Leaving Certificate Examination, 1920
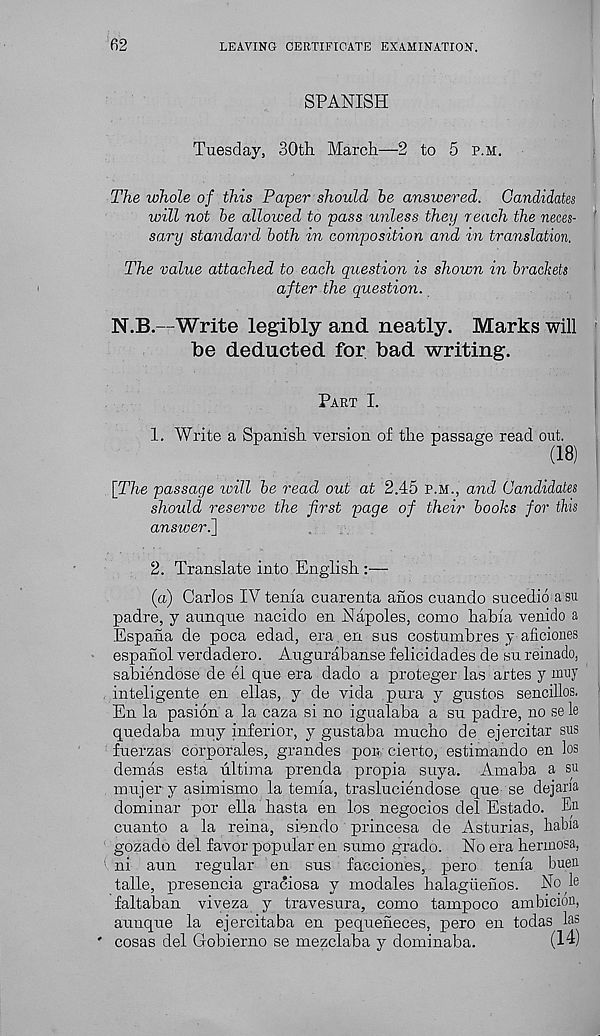
62
LEAVING CERTIFICATE EXAMINATION.
SPANISH
Tuesday, 30th March—2 to 5 p.m.
The whole of this Paper should he answered. Candidates
will not he allowed to pass unless they reach the neces-
sary standard hath in composition and in translation.
The value attached to each question is shown in brackets
after the question.
N.B.—Write legibly and neatly. Marks will
be deducted for bad writing.
Part I.
1. Write a Spanish version of the passage read out.
[The passage will he read out at 2.45 p.m., and Candidates
should reserve the first page of their hooks for this
answer.]
2. Translate into English :—
(a) Carlos IV tenia cuarenta anos cuando sucedio a su
padre, y aunque nacido en Napoles, como habia venido a
Espana de poca edad, era en sus costumbres y aficiones
espahol verdadero. Augurabanse felicidades de su reinado,
sabiendose de el que era dado a proteger las artes y muy
inteligente en ellas, y de vida pura y gustos sencillos.
En la pasion a la caza si no igualaba a su padre, no se le
quedaba muy inferior, y gustaba mucho de ejercitar sus
fuerzas corporales, grandes pon cierto, estimando en los
demas esta ultima prenda propia suya. Amaba a su
mujer y asimismo la temia, trasluciendose que se dejam
dominar por ella hasta en los negocios del Estado. En
cuanto a la reina, siendo princesa de Asturias, habia
gozado del favor popular en sumo grado. No era herinosa,
ni aun regular en sus facciones, pero tenia buen
talle, presencia graciosa y modales halagiienos. No le
faltaban viveza y travesura, como tampoco ambicion,
aunque la ejercitaba en pequeneces, pero en todas las
cosas del Gobierno se mezclaba y dominaba.
(14)